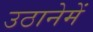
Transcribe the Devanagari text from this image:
उठानेमें